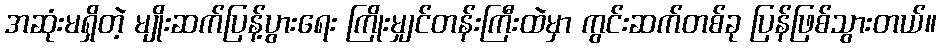
အဆုံးမရှိတဲ့ မျိုးဆက်ပြန့်ပွားရေး ကြိုးမျှင်တန်းကြီးထဲမှာ ကွင်းဆက်တစ်ခု ပြန်ဖြစ်သွားတယ်။